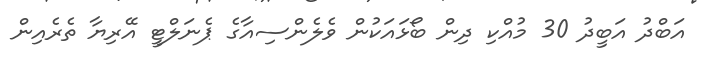
އަބްދު އަބީދު 30 މުއްކި ދިން ބޯޅައަކުން ވެލެންސިއާގެ ޕެނަލްޓީ އޭރިޔާ ތެރެއިން